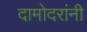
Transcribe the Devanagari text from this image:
दामोदरांनी